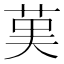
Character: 𦰩